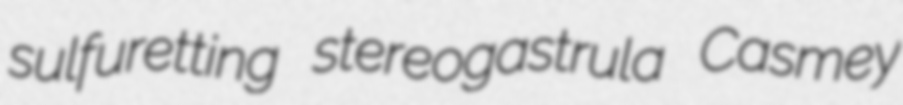
sulfuretting stereogastrula Casmey